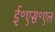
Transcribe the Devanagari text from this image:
ई॰एस॰एल